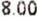
8.00